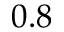
0 . 8